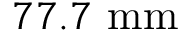
7 7 . 7 \ \mathrm { m m }